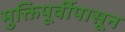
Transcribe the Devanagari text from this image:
मुक्तिपूर्वीपासून